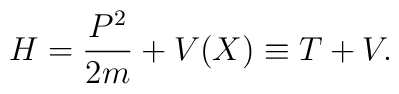
H=\frac{P^2}{2m}+V(X)\equiv T+V.